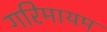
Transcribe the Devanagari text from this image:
गरिमायम